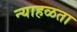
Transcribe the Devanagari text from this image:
न्याहळता